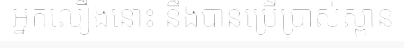
អ្នកលឿងនោះ នឹងបានប្រើប្រាស់ស្ពាន